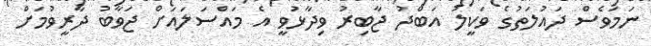
ނަމަވެސް ދައުލަތުގެ ވަކީލު އަބްދު ޖާބިރު ވިދާޅުވީ އެ މައްސަލައަށް ޖަވާބު ދާރީވުމަށް